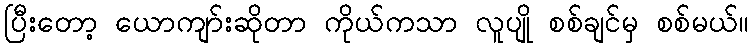
ပြီးတော့ ယောကျာ်းဆိုတာ ကိုယ်ကသာ လူပျို စစ်ချင်မှ စစ်မယ်။